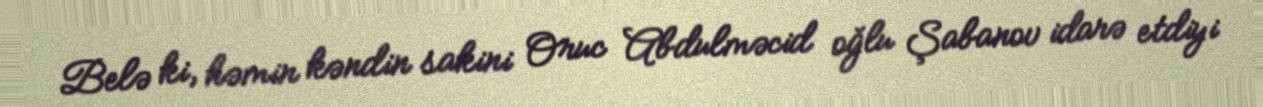
Belə ki, həmin kəndin sakini Oruc Abdulməcid oğlu Şabanov idarə etdiyi